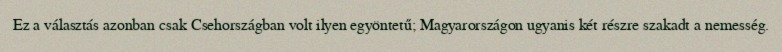
Ez a választás azonban csak Csehországban volt ilyen egyöntetű; Magyarországon ugyanis két részre szakadt a nemesség.